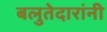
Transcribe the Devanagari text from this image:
बलुतेदारांनी